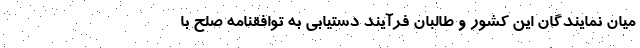
میان نمایندگان این کشور و طالبان فرآیند دستیابی به توافقنامه صلح با